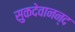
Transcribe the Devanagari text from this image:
सुकदेवानन्द